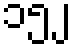
၁၅၂